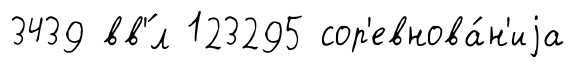
3439 вв'́л 123295 сор'евнова́н'иjа